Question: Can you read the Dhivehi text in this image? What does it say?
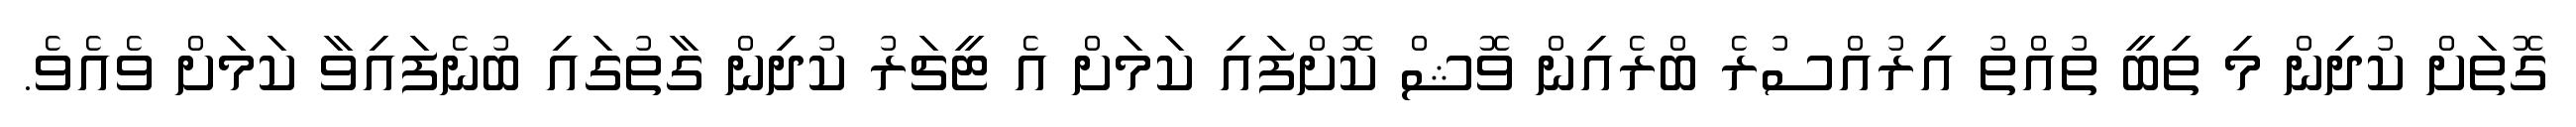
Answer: ގޮތަށް ކުދިން މި ތިބީ ތުއްތު އިރުއްސުރެ ބްރެއިން ވޮޝް ކޮށްފައި ކަމަށް އެ ޓީޗަރު ކުދިން ގާތުގައި ބުނެފައިވާ ކަމަށް ވެއެވެ.